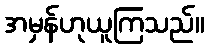
အမှန်ဟုယူကြသည်။